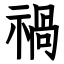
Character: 禍